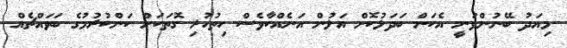
މިއަދު ބޭނުންވަނީ އެކަން ބަދަލުކޮށް އަލުން އަނެއްކާވެސް ހިތުހުރި ގޮތަކަށް ކަންކުރުމުގެ ބަވައްޗެއް